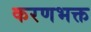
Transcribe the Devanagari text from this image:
करणभक्त